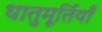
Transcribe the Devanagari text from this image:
धातुमूर्तियाँ